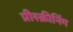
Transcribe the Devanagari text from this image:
प्रीस्क्रीनिंग